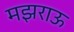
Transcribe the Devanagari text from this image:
मझराऊ